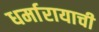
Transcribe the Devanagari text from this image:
धर्मारायाची